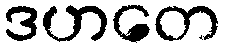
ဒဟတေ